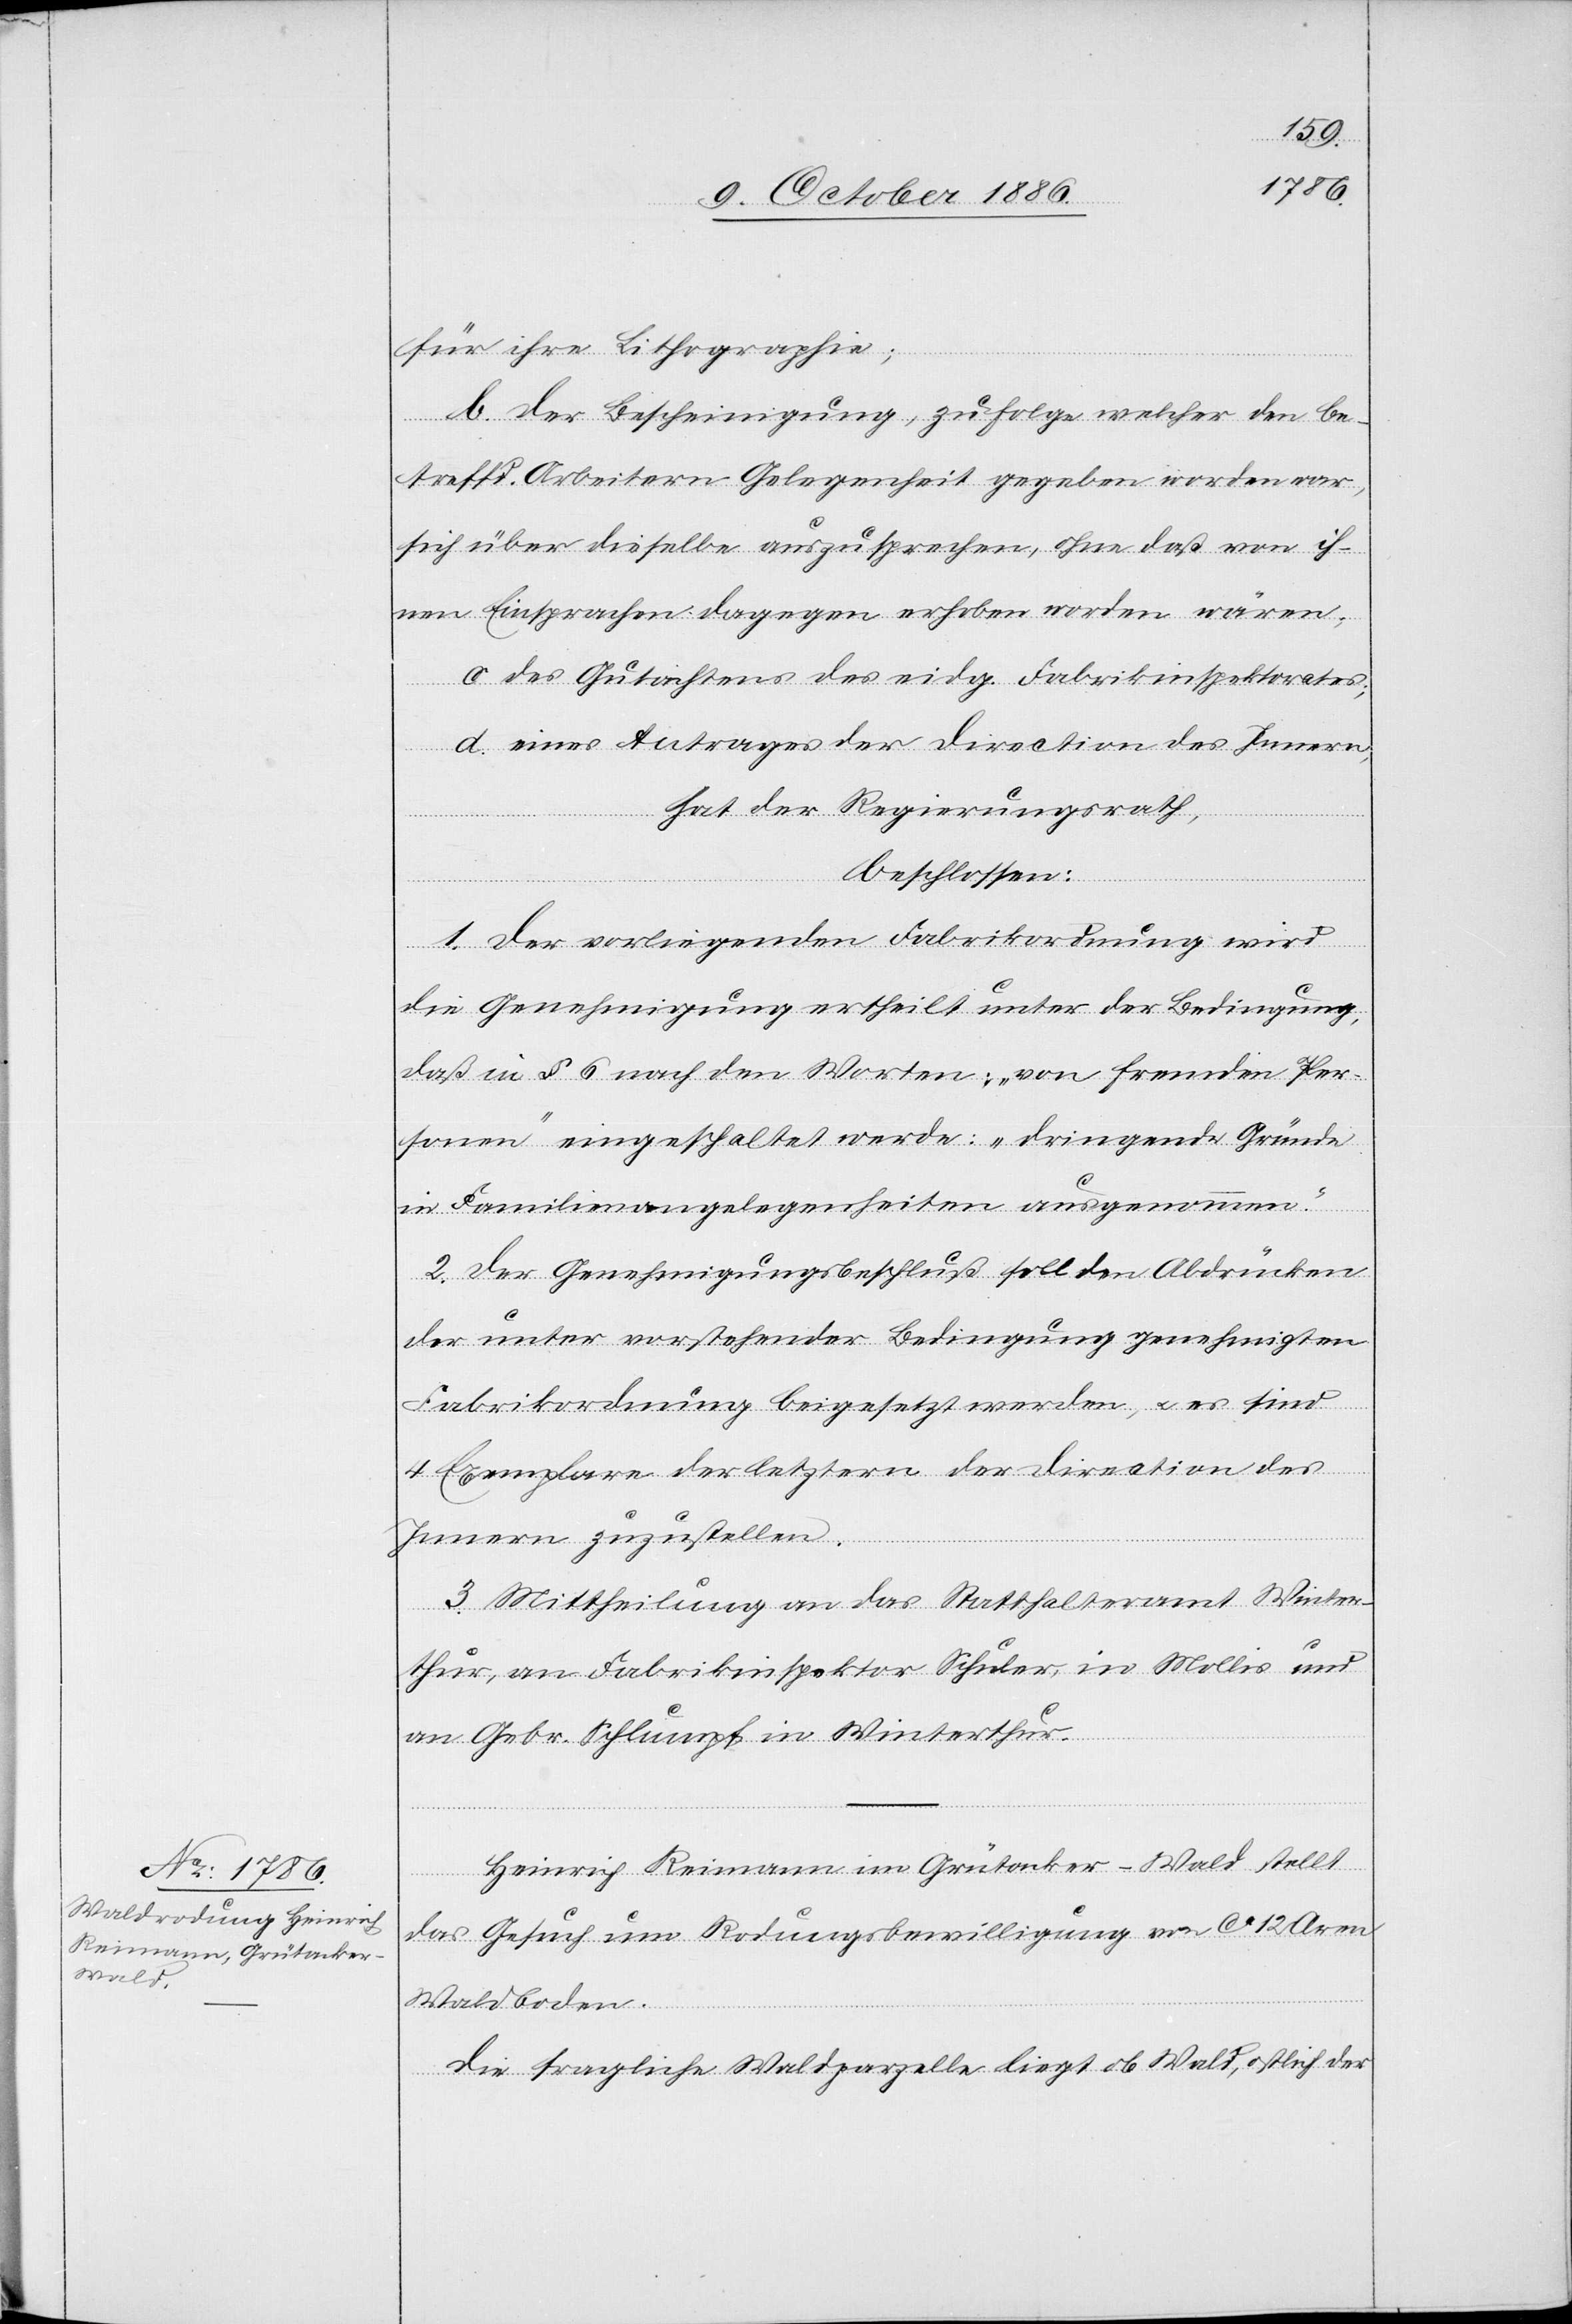
für ihre Lithographie;
b. der Bescheinigung, zufolge welcher den be¬
treffd. Arbeitern Gelegenheit gegeben worden war,
sich über dieselbe auszusprechen, ohne daß von ih¬
nen Einsprachen dagegen erhoben worden wären;
c. des Gutachtens des eidg. Fabrikinspektorates;
d. eines Antrages der Direction des Innern,
hat der Regierungsrath,
beschlossen:
1. Der vorliegenden Fabrikordnung wird
die Genehmigung ertheilt unter der Bedingung,
daß in § 6 nach den Worten: „von fremden Per¬
sonen“ eingeschaltet werde: „dringende Gründe
in Familienangelegenheiten ausgenommen.“
2. Der Genehmigungsbeschluß soll den Abdrücken
der unter vorstehender Bedingung genehmigten
Fabrikordnung beigesetzt werden, & es sind
4 Exemplare der letztern der Direction des
Innern zuzustellen.
3. Mittheilung an das Statthalteramt Winter¬
thur, an Fabrikinspektor Schuler, in Mollis und
an Gebr. Schlumpf in Winterthur.
Heinrich Reimann im Grütacker - Wald stellt
das Gesuch um Rodungsbewilligung von ca 12 Aren
Waldboden.
Die fragliche Waldparzelle liegt ob Wald, östlich der